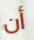
أن